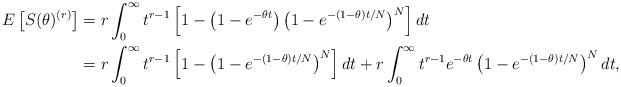
LaTeX: \begin{align*}E\left[S(\theta)^{(r)}\right]&= r \int_0^{\infty} t^{r-1} \left[1 - \left(1 - e^{-\theta t} \right) \left(1 - e^{-(1 - \theta) t / N} \right)^N \right] dt\\&= r \int_0^{\infty} t^{r-1} \left[1 - \left(1 - e^{-(1 - \theta) t / N} \right)^N \right] dt+ r \int_0^{\infty} t^{r-1} e^{-\theta t} \left(1 - e^{-(1 - \theta) t / N} \right)^N dt,\end{align*}